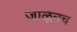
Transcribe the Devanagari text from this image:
जाळूनच